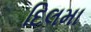
દિલમા